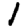
Digit: 1